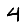
Digit: 4